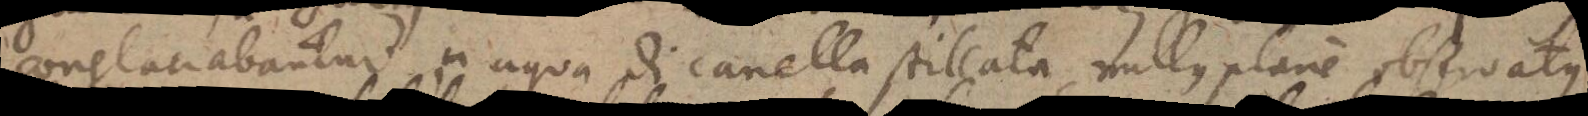
conglaciabantur. In aqua di canella stillata nullus plane observatus